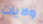
ولايات